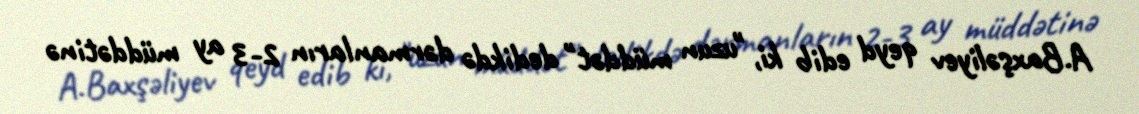
A.Baxşəliyev qeyd edib ki, "uzun müddət" dedikdə dərmanların 2-3 ay müddətinə